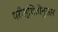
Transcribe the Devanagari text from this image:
परीस्थितीनुसार